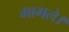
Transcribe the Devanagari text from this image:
मामले।